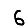
Digit: 6